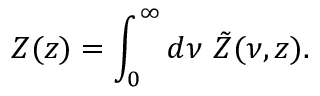
Z ( z ) = \int _ { 0 } ^ { \infty } d \nu \ \tilde { Z } ( \nu , z ) .